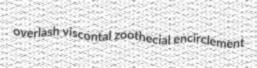
overlash viscontal zoothecial encirclement